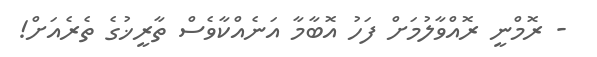
- ރޮމްނީ ރޮއްވާލުމަށް ފަހު އޮބާމާ އަނެއްކާވެސް ތާރީޚުގެ ތެރެއަށް!